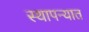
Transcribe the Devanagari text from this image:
स्थापन्यात